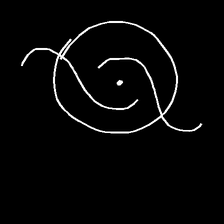
Glyph: repetition